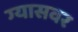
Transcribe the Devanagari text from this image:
ग्यासवर